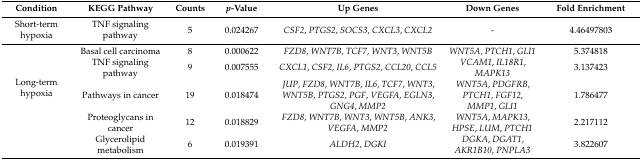
<table><thead><tr><td><b>Condition</b></td><td><b>KEGG Pathway</b></td><td><b>Counts</b></td><td><b><i>p</i>-Value</b></td><td><b>Up Genes</b></td><td><b>Down Genes</b></td><td><b>Fold Enrichment</b></td></tr></thead><tbody><tr><td>Short-term hypoxia</td><td>TNF signaling pathway</td><td>5</td><td>0.024267</td><td><i>CSF2</i>, <i>PTGS2</i>, <i>SOCS3</i>, <i>CXCL3</i>, <i>CXCL2</i></td><td>-</td><td>4.46497803</td></tr><tr><td rowspan="5">Long-term hypoxia</td><td>Basal cell carcinoma</td><td>8</td><td>0.000622</td><td><i>FZD8</i>, <i>WNT7B</i>, <i>TCF7</i>, <i>WNT3</i>, <i>WNT5B</i></td><td><i>WNT5A</i>, <i>PTCH1</i>, <i>GLI1</i></td><td>5.374818</td></tr><tr><td>TNF signaling pathway</td><td>9</td><td>0.007555</td><td><i>CXCL1</i>, <i>CSF2</i>, <i>IL6</i>, <i>PTGS2</i>, <i>CCL20</i>, <i>CCL5</i></td><td><i>VCAM1</i>, <i>IL18R1</i>, <i>MAPK13</i></td><td>3.137423</td></tr><tr><td>Pathways in cancer</td><td>19</td><td>0.018474</td><td><i>JUP</i>, <i>FZD8</i>, <i>WNT7B</i>, <i>IL6</i>, <i>TCF7</i>, <i>WNT3</i>, <i>WNT5B</i>, <i>PTGS2</i>, <i>PGF</i>, <i>VEGFA</i>, <i>EGLN3</i>, <i>GNG4</i>, <i>MMP2</i></td><td><i>WNT5A</i>, <i>PDGFRB</i>, <i>PTCH1</i>, <i>FGF12</i>, <i>MMP1</i>, <i>GLI1</i></td><td>1.786477</td></tr><tr><td>Proteoglycans in cancer</td><td>12</td><td>0.018829</td><td><i>FZD8</i>, <i>WNT7B</i>, <i>WNT3</i>, <i>WNT5B</i>, <i>ANK3</i>, <i>VEGFA</i>, <i>MMP2</i></td><td><i>WNT5A</i>, <i>MAPK13</i>, <i>HPSE</i>, <i>LUM</i>, <i>PTCH1</i></td><td>2.217112</td></tr><tr><td>Glycerolipid metabolism</td><td>6</td><td>0.019391</td><td><i>ALDH2</i>, <i>DGKI</i></td><td><i>DGKA</i>, <i>DGAT1</i>, <i>AKR1B10</i>, <i>PNPLA3</i></td><td>3.822607</td></tr></tbody></table>